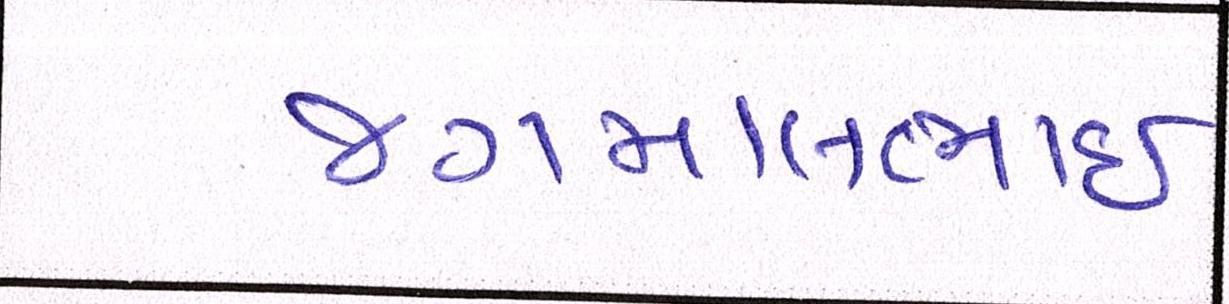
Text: જગમાલભાઇ